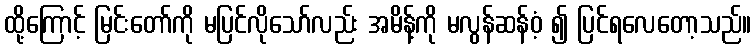
ထို့ကြောင့် မြင်းတော်ကို မပြင်လိုသော်လည်း အမိန့်ကို မလွန်ဆန်ဝံ့ ၍ ပြင်ရလေတော့သည်။